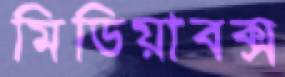
মিডিয়াবক্স